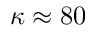
\kappa \approx 8 0